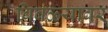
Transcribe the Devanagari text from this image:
बिबळ्यावर